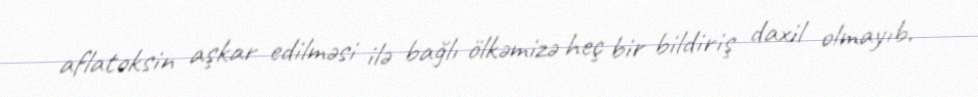
aflatoksin aşkar edilməsi ilə bağlı ölkəmizə heç bir bildiriş daxil olmayıb.